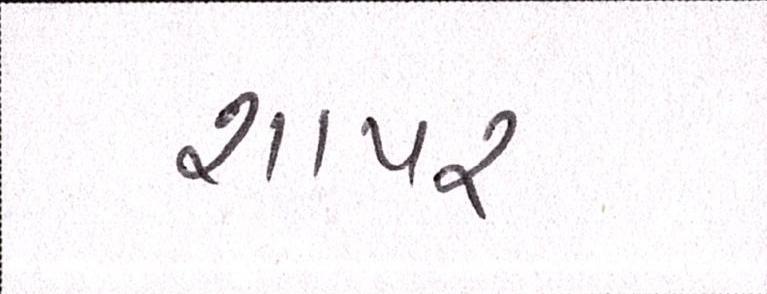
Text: શાપર